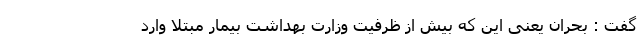
گفت : بحران یعنی این که بیش از ظرفیت وزارت بهداشت بیمار مبتلا وارد